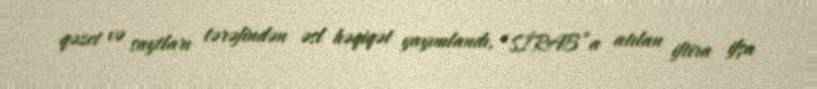
qəzet və saytları tərəfindən əsl həqiqət yayımlandı, “SİRAB”a atılan iftira ifşa